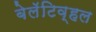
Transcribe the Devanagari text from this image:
बेलॅटिव्हल